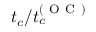
t _ { c } / t _ { c } ^ { ( \mathrm { ~ O ~ C ~ } ) }